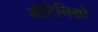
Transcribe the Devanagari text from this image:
मॉँटेनिग्रो